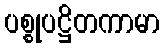
ပစ္စုပဋ္ဌိတကာမာ